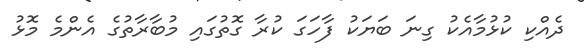
ދެއްކި ކުޅުމާއެކު ގިނަ ބަޔަކު ފާހަގަ ކުރާ ގޮތުގައި މުބާރާތުގެ އެންމެ މޮޅު